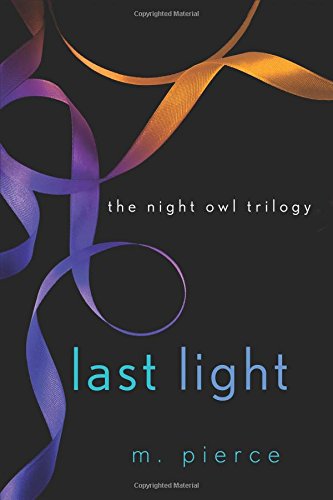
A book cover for Last Light (The Night Owl Trilogy); M. Pierce; Romance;